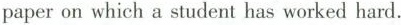
paper on which a student has worked hard.